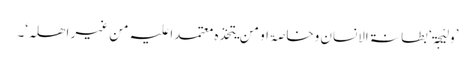
’وَلِیْجَۃ‘ بطانۃ الانسان وخاصۃ او من یتخذہ معتمدا علیہ من غیر اھلہ‘۔